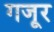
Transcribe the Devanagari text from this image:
गजूर